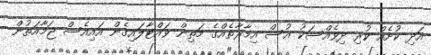
އަދި ކުށެއް ކުރި ދިވެއްސަކު އުސް އިމާރާތެއްގެ މަތިން ވައްޓާލައިގެން އައިއެސް ޖަމާއަތުން